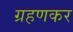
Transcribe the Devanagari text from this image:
ग्रहणकर